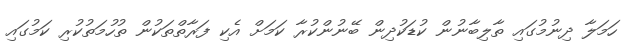
ހަމަލާ ދިނުމުގައި ތާލިބާނުން ކުޑަކުދިން ބޭނުންކުރާ ކަމަށް އެކި ފަރާތްތަކުން ތުހުމަތުކުރި ކަމުގައި